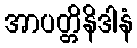
အာပတ္တိနိဒါနံ